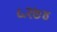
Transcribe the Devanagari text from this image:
५२७४